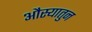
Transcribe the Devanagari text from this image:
औस्यातुन